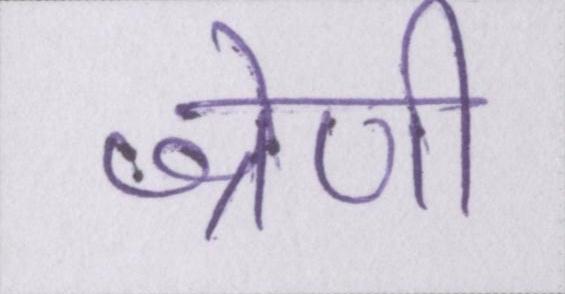
श्रेणी